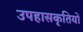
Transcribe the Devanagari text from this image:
उपहासकृतियों